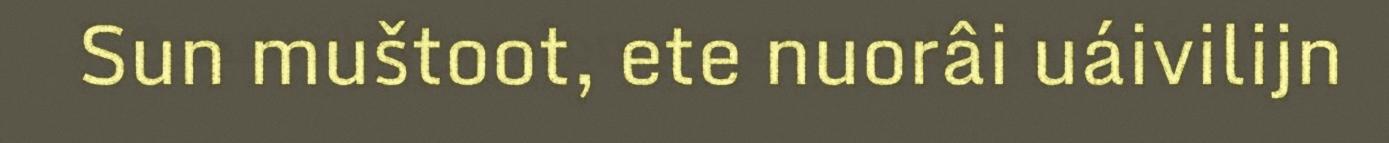
Sun muštoot, ete nuorâi uáivilijn